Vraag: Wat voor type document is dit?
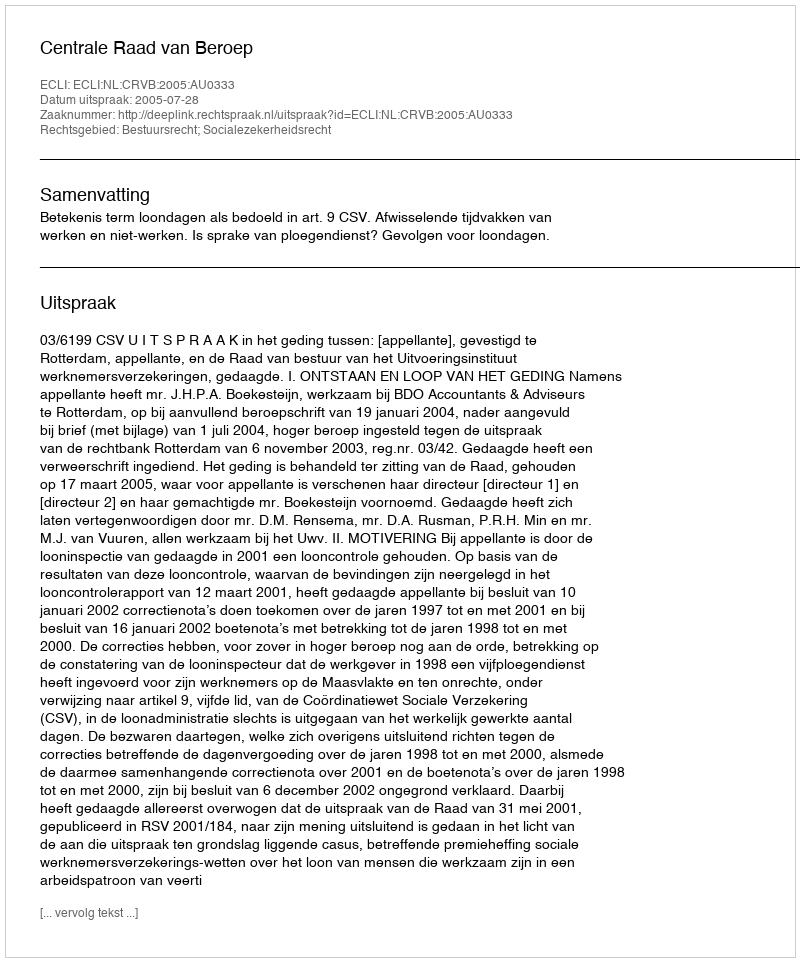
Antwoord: Uitspraak